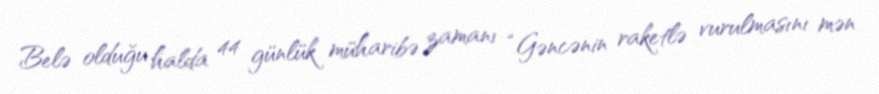
Belə olduğu halda 44 günlük müharibə zamanı “Gəncənin raketlə vurulmasını mən